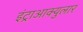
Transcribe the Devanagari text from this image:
इंट्राआक्युलार